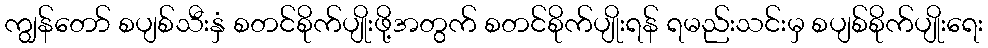
ကျွန်တော် စပျစ်သီးနှံ စတင်စိုက်ပျိုးဖို့အတွက် စတင်စိုက်ပျိုးရန် ရမည်းသင်းမှ စပျစ်စိုက်ပျိုးရေး